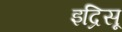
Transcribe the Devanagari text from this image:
इद्रिसू